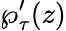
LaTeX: \wp_{\tau}^{\prime}(z)